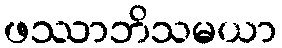
ဖဿာဘိသမယာ